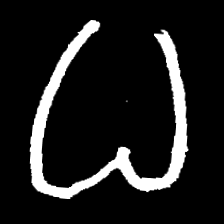
Pyu character \u2014 Myanmar letter: ဓ (romanized: dha)